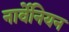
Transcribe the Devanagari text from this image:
नार्वेनियन